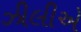
ઝીલીએ